Problem: 2 × 9 = ?
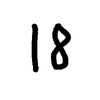
Handwritten answer: 18